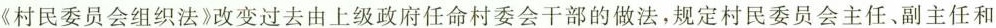
《村民委员会组织法》改变过去由上级政府任命村委会干部的做法，规定村民委员会主任、副主任和